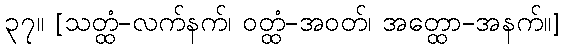
၃၇။ [သတ္ထံ-လက်နက်၊ ဝတ္ထံ-အဝတ်၊ အတ္ထော-အနက်။]